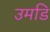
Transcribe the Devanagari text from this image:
उमडि